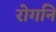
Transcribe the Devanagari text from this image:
रोगनि